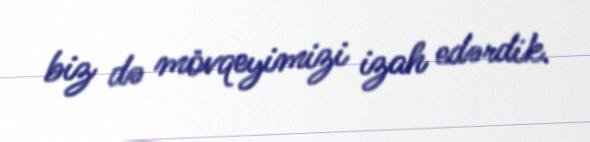
biz də mövqeyimizi izah edərdik.